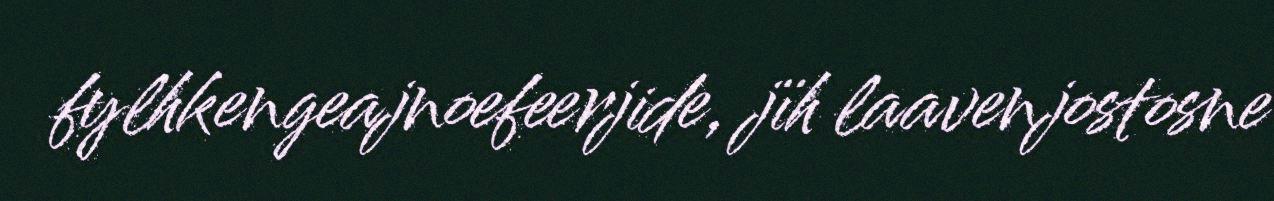
fylhkengeajnoefeerjide, jïh laavenjostosne